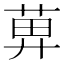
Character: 𦱓